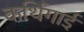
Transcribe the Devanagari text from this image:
कर्थिगाई